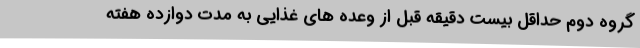
گروه دوم حداقل بیست دقیقه قبل از وعده های غذایی به مدت دوازده هفته